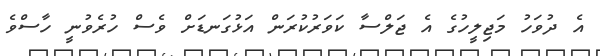
އެ ދުވަހު މަޖިލީހުގެ އެ ޖަލްސާ ކަވަރުކުރަން އަޅުގަނޑަށް ވެސް ހުރެވުނީ ހާސްވެ